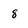
Character: 8